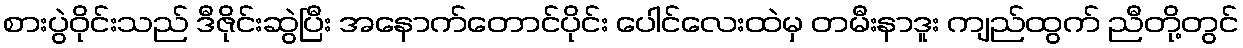
စားပွဲဝိုင်းသည် ဒီဇိုင်းဆွဲပြီး အနောက်တောင်ပိုင်း ပေါင်လေးထဲမှ တမီးနာဒူး ကျည်ထွက် ညီတို့တွင်